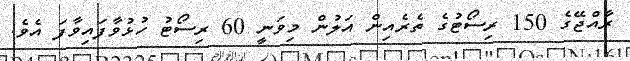
ރާއްޖޭގެ 150 ރިސޯޓުގެ ތެރެއިން އަލުން މިވަނީ 60 ރިސޯޓު ހުޅުވާފައިވާފަ އެވެ.